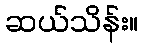
ဆယ်သိန်း။